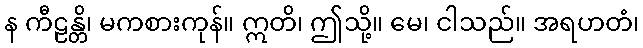
န ကီဠန္တိ၊ မကစားကုန်။ ဣတိ၊ ဤသို့။ မေ၊ ငါသည်။ အရဟတံ၊